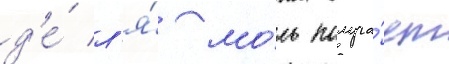
д'е́ л'я́ мо́ль получа́ет